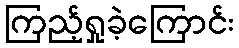
ကြည့်ရှုခဲ့ကြောင်း